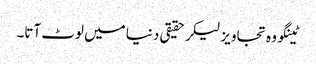
ٹینگو وہ تجاویز لیکر حقیقی دنیا میں لوٹ آتا۔